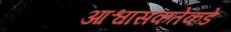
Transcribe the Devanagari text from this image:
आश्वासकतेकडे